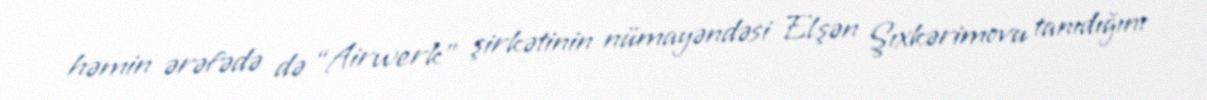
həmin ərəfədə də “Airwerk” şirkətinin nümayəndəsi Elşən Şıxkərimovu tanıdığını